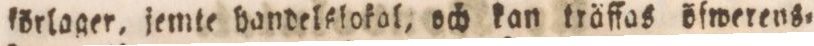
förlager, jemte bandelslokal, och kan träffas öfwerens=